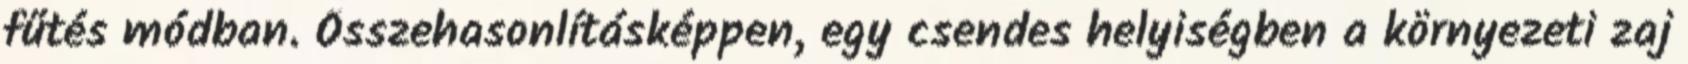
fűtés módban. Összehasonlításképpen, egy csendes helyiségben a környezeti zaj